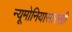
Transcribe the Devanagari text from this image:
न्यूमोनियासारखी